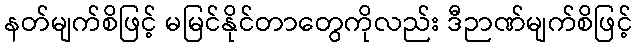
နတ်မျက်စိဖြင့် မမြင်နိုင်တာတွေကိုလည်း ဒီဉာဏ်မျက်စိဖြင့်